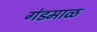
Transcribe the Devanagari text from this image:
गंडमाळ